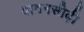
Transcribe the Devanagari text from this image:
बावनसीढ़ी